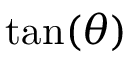
\tan ( \theta )